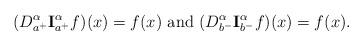
LaTeX: \begin{align*}(D_{a^+}^{\alpha} {\bf I}_{a^+}^{\alpha}f)(x)=f(x) \ \textrm{and} \ (D _{b^-}^{\alpha} {\bf I}_{b^-}^{\alpha} f)(x) = f(x).\end{align*}